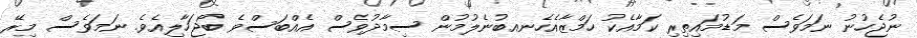
ނުޖެހުނު ނަމަވެސް މަޑުމައިތިރި ކަމާއެކު ހަމްޒާއެހެނއބުނެލުމުން ސިމާދުވެސް އެއްބަސްވެ ބޯޖަހާލިއެވެ. ނަމަވެސް މިރޭ